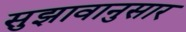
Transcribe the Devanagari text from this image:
सुझावानुसार